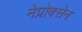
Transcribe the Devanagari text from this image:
नेप्रोक्सेन